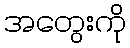
အတွေးကို